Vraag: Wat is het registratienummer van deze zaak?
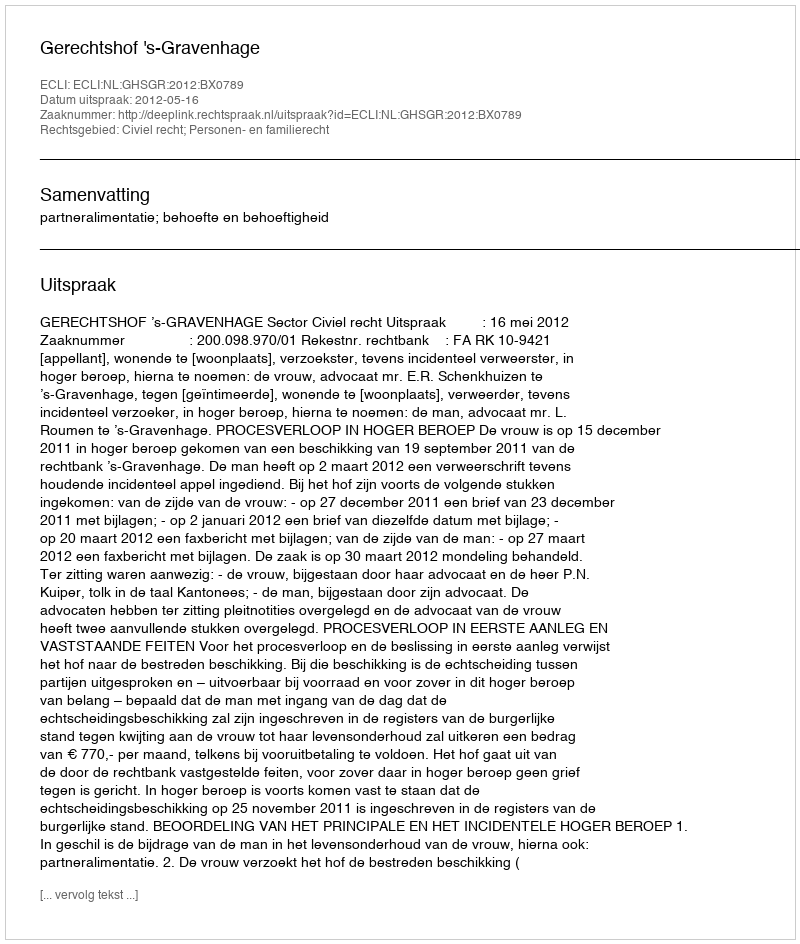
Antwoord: http://deeplink.rechtspraak.nl/uitspraak?id=ECLI:NL:GHSGR:2012:BX0789